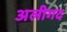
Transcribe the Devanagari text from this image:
अलीगद